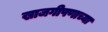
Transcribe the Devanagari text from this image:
खाजगीपणाच्या